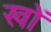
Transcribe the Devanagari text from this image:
खों